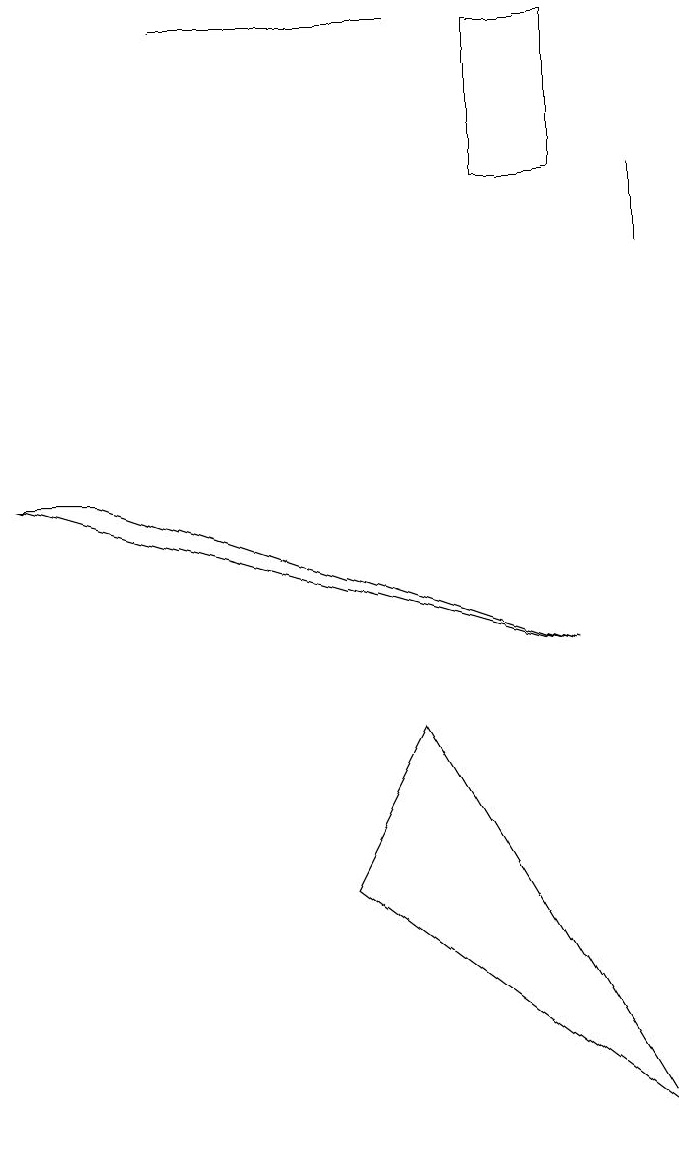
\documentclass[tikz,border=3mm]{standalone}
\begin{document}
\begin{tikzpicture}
\draw (6,13) rectangle (7,15);
\draw (5,6) -- (8,1) -- (4,4) -- cycle;
\draw (2,15) rectangle (5,15);
\draw (8,12) rectangle (8,13);
\draw (7,7) -- (0,9) -- (1,9) -- cycle;
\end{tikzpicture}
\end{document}